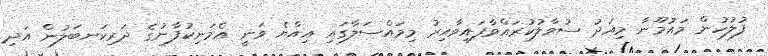
ފުލުހުން މައުމޫނާ މިއަދު ސުވާލުކުރައްވާފައިވާއިރު މިމައްސަލާގައި އިއްޔެ ވަނީ އެމަނިކުފާނުގެ ދަރިކަނބަލުން އަދި